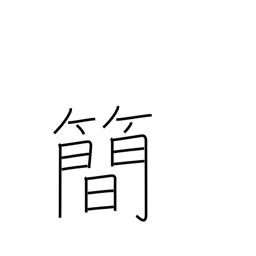
Meaning: brevity